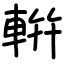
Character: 輧